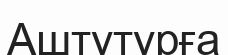
Аштутурға